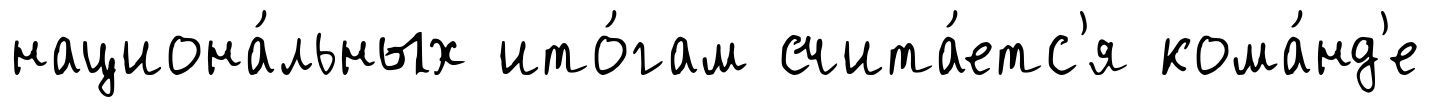
национа́льных ито́гам счита́етс'я кома́нд'е